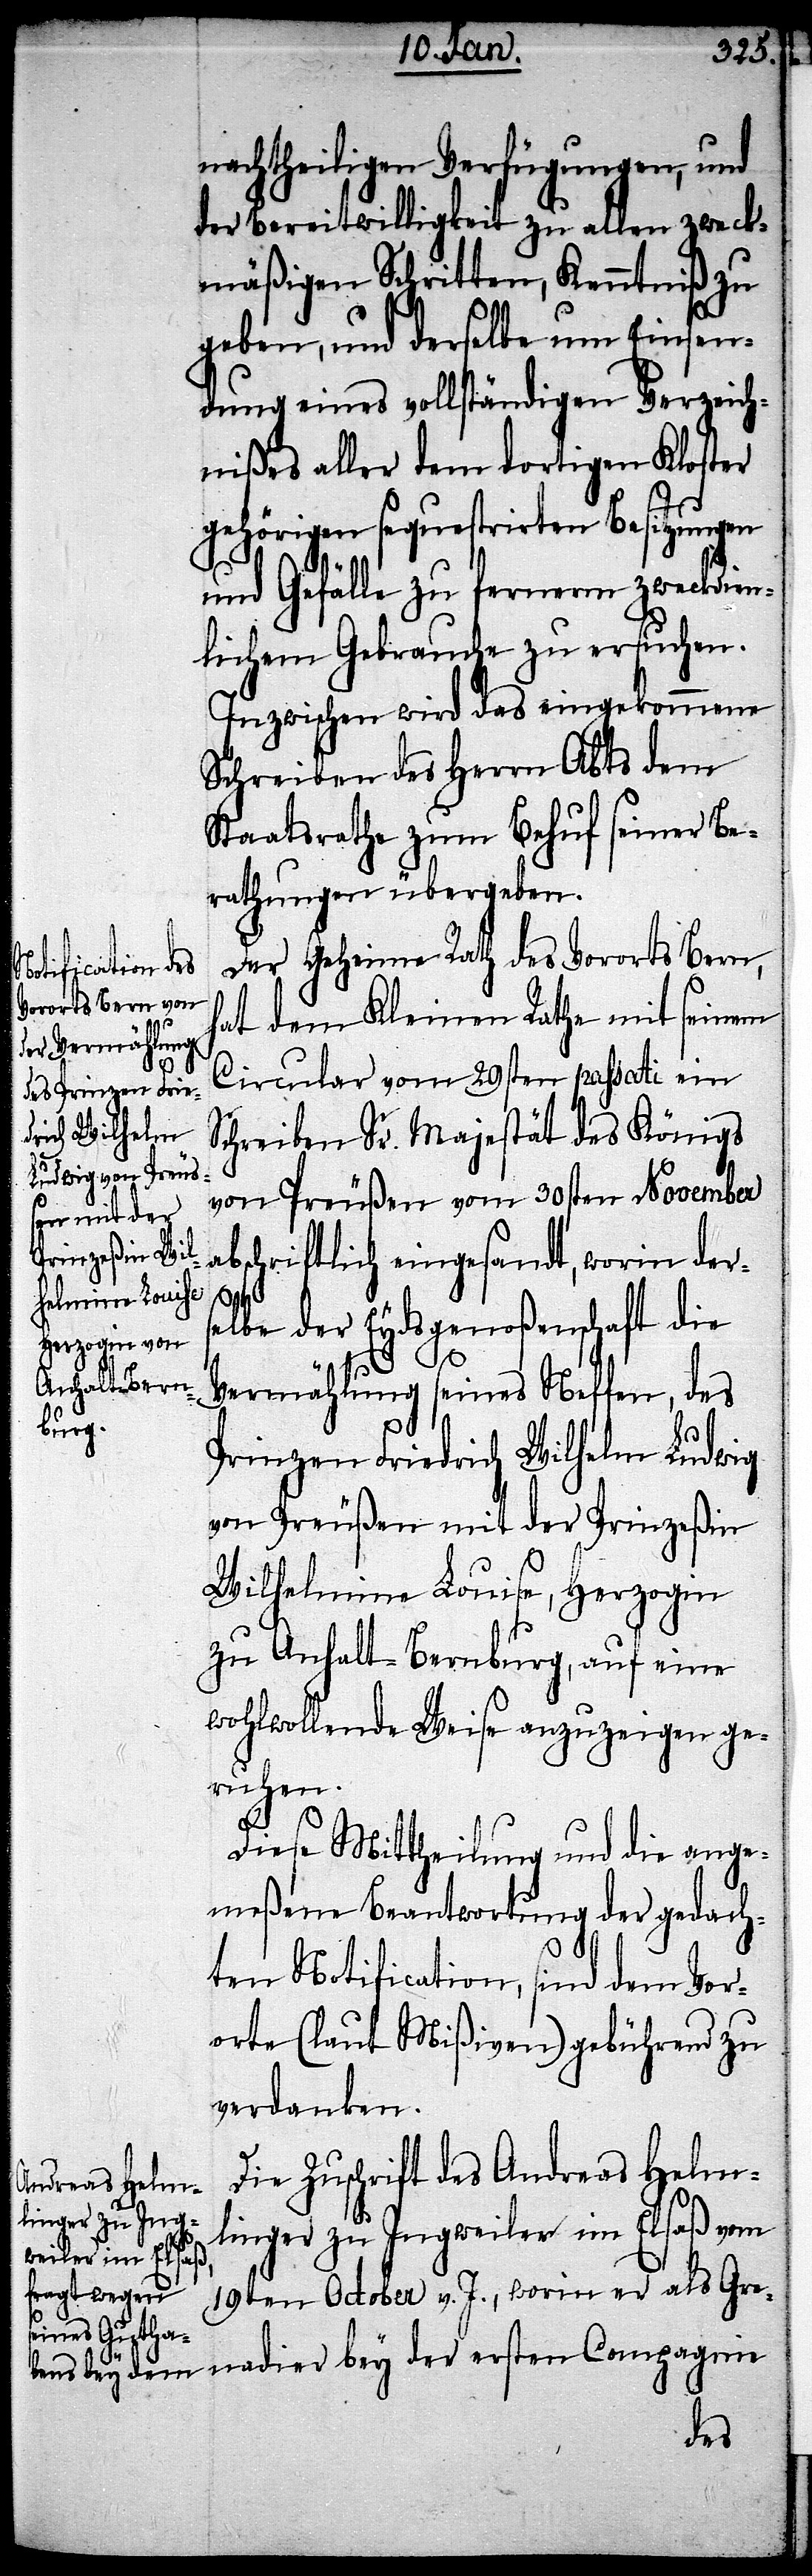
nachtheiligen Verfügungen, und
der Bereitwilligkeit zu allen zweck¬
mäßigen Schritten, Kenntniß zu
geben, und derselbe um Einsen¬
dung eines vollständigen Verzeich¬
nißes aller dem dortigen Kloster
gehörigen sequestrirten Besitzungen
und Gefälle zu fernerm zweckdien¬
lichem Gebrauche zu ersuchen.
Inzwischen wird das eingekommene
Schreiben des Herrn Abts dem
Staatsrathe zum Behuf seiner Be¬
rathungen übergeben.
Der Geheime Rath des Vororts Bern,
nadier bey der
hat dem Kleinen Rathe mit seinem
Circular vom 29sten passati ein
Schreiben Sr. Majestät des Königs
von Preußen vom 30sten November
abschriftlich eingesandt, worin ders¬
gnie
ersten Compa¬
elbe der Eydsgenoßenschaft die
Vermählung seines Neffen, des
Prinzen Friedrich Wilhelm Ludwig
von Preußen mit der Prinzeßin
Wilhelmine Louise, Herzogin
zu Anhalt-Bernburg, auf eine
wohlwollende Weise anzuzeigen ge¬
ruhen.
Diese Mittheilung und die ange¬
meßene Beantwortung der gedach¬
ten Notification, sind dem Vor¬
orte (laut Mißiven) gebührend zu
verdanken.
Die Zuschrift des Andreas Helm¬
linger zu Ingweiler im Elsaß vom
19ten October v. J., worin er als Gre¬